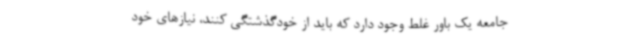
جامعه یک باور غلط وجود دارد که باید از خودگذشتگی کنند، نیازهای خود